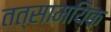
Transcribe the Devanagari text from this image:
तत्सामयिक